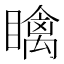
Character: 𥋼